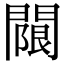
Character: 𨵬